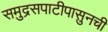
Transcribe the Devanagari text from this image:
समुद्रसपाटीपासुनची